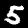
Label: 5